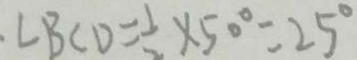
\cdot \angle B C D = \frac { 1 } { 2 } \times 5 0 ^ { \circ } = 2 5 ^ { \circ }